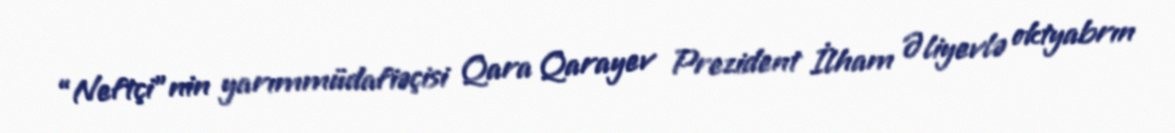
“Neftçi”nin yarımmüdafiəçisi Qara Qarayev Prezident İlham Əliyevlə oktyabrın